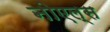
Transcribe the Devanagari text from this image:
नोएल्स